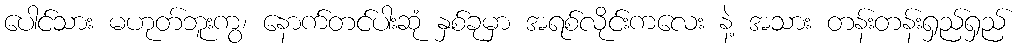
ပေါင်သား မဟုတ်ဘူးကွ၊ နောက်တင်ပါးဆုံ နှစ်ခုမှာ အရစ်လိုင်းကလေး နဲ့ အသား တန်းတန်းရှည်ရှည်